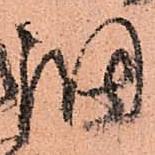
調